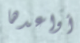
أواعدها